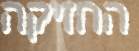
החזיקה